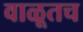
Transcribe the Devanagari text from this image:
वाळूतच